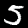
Label: 5